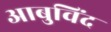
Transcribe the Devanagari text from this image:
आबुविंद